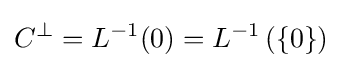
C^{\bot }=L^{-1}(0)=L^{-1}\left(\{0\}\right)